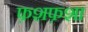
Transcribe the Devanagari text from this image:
फ़शफ़शा